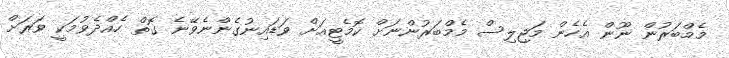
މެމްބަރުން ނޫން އެހެން މަޖިލިސް މެމްބަރުންނަށް ކޮމެޓީއަށް ވަޑައިނުގެންނެވޭނެ ގޮތް ހެއްދެވުމަކީ ވަރަށް